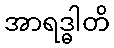
အာရဒ္ဓါတိ